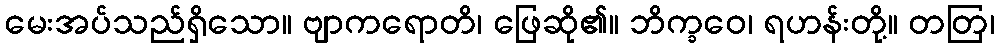
မေးအပ်သည်ရှိသော။ ဗျာကရောတိ၊ ဖြေဆို၏။ ဘိက္ခဝေ၊ ရဟန်းတို့။ တတြ၊